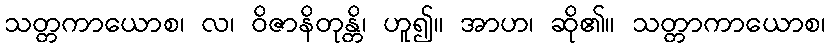
သတ္တကာယောစ၊ လ၊ ဝိဇာနိတုန္တိ၊ ဟူ၍။ အာဟ၊ ဆို၏။ သတ္တာကာယောစ၊